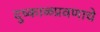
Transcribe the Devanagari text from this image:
दुष्काळप्रवणाचे